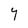
Character: Y